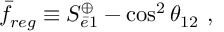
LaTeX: \bar { f } _ { r e g } \equiv S _ { \bar { e } 1 } ^ { \oplus } - \cos ^ { 2 } \theta _ { 1 2 } ~ ,